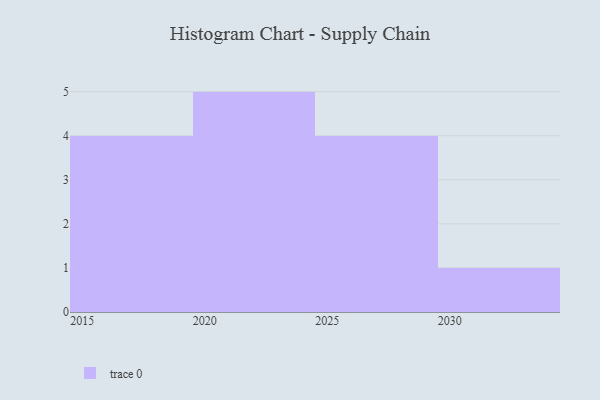
{"axis": {"x": "Year", "y": "Customer Acquisition Cost (USD)"}, "legend": [""], "data": [{"x": "2019", "y": 63, "type": ""}, {"x": "2018", "y": 96, "type": ""}, {"x": "2025", "y": 12, "type": ""}, {"x": "2021", "y": 29, "type": ""}, {"x": "2024", "y": 79, "type": ""}, {"x": "2023", "y": 18, "type": ""}, {"x": "2026", "y": 24, "type": ""}, {"x": "2027", "y": 48, "type": ""}, {"x": "2017", "y": 50, "type": ""}, {"x": "2030", "y": 55, "type": ""}, {"x": "2029", "y": 32, "type": ""}, {"x": "2022", "y": 40, "type": ""}, {"x": "2020", "y": 48, "type": ""}, {"x": "2016", "y": 65, "type": ""}]}